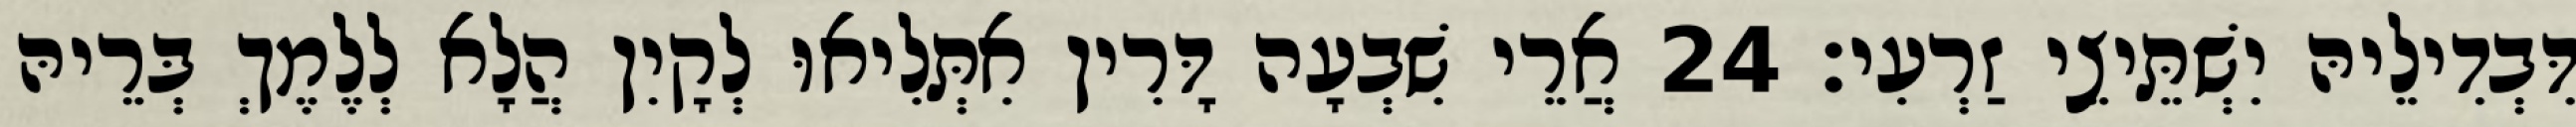
דִּבְדִילֵיהּ יִשְׁתֵּיצֵי זַרְעִי׃ 24 אֲרֵי שִׁבְעָה דָּרִין אִתְּלִיאוּ לְקָיִן הֲלָא לְלֶמֶךְ בְּרֵיהּ